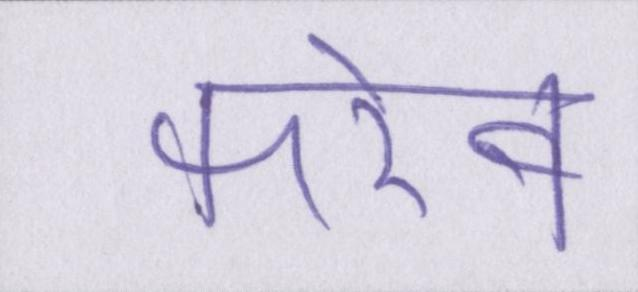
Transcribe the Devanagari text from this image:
फरेब